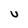
Character: U